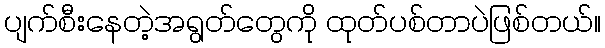
ပျက်စီးနေတဲ့အရွတ်တွေကို ထုတ်ပစ်တာပဲဖြစ်တယ်။